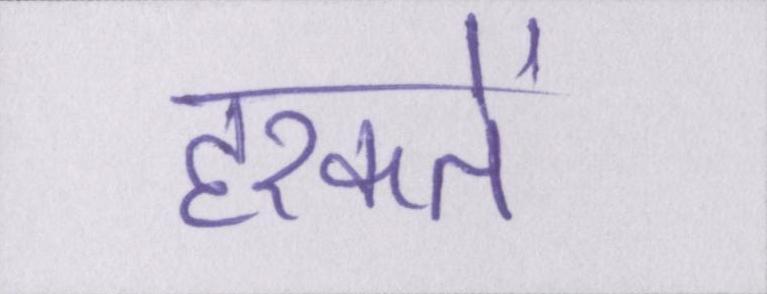
हरकतें